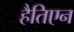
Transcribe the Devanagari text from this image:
हैतिएन